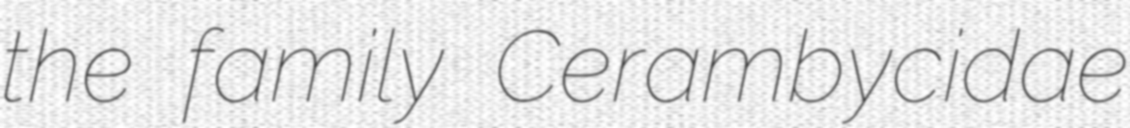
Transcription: the family Cerambycidae